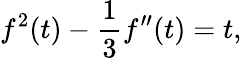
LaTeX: f^{2}(t)-{\frac{1}{3}}f^{\prime\prime}(t)=t,